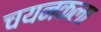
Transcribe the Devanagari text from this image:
चयनकला